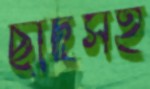
ছাদসহ